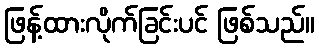
ဖြန့်ထားလိုက်ခြင်းပင် ဖြစ်သည်။